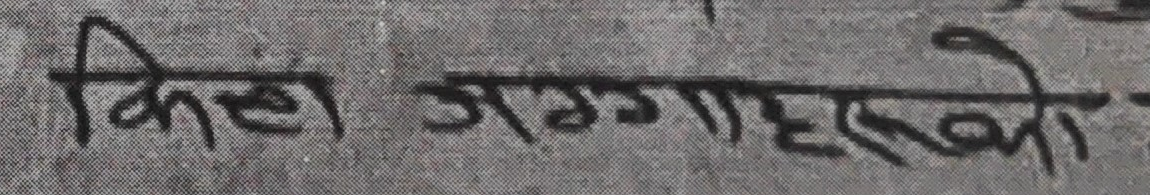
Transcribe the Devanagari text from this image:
किल्ला जग्गाहरुको